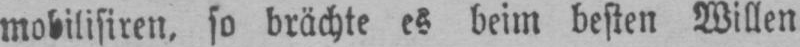
mobilisiren, so brächte es beim besten Willen